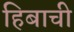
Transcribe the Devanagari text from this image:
हिबाची